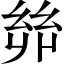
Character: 𢇇